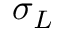
\sigma _ { L }